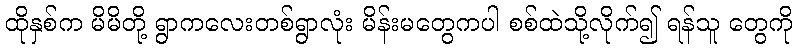
ထိုနှစ်က မိမိတို့ ရွာကလေးတစ်ရွာလုံး မိန်းမတွေကပါ စစ်ထဲသို့လိုက်၍ ရန်သူ တွေကို